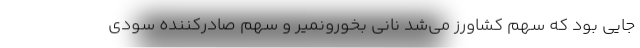
جایی بود که سهم کشاورز می‌شد نانی بخورونمیر و سهم صادرکننده سودی